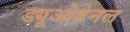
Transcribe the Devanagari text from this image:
ड्यूओडेनल